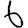
Digit: 6